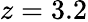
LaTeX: z=3.2